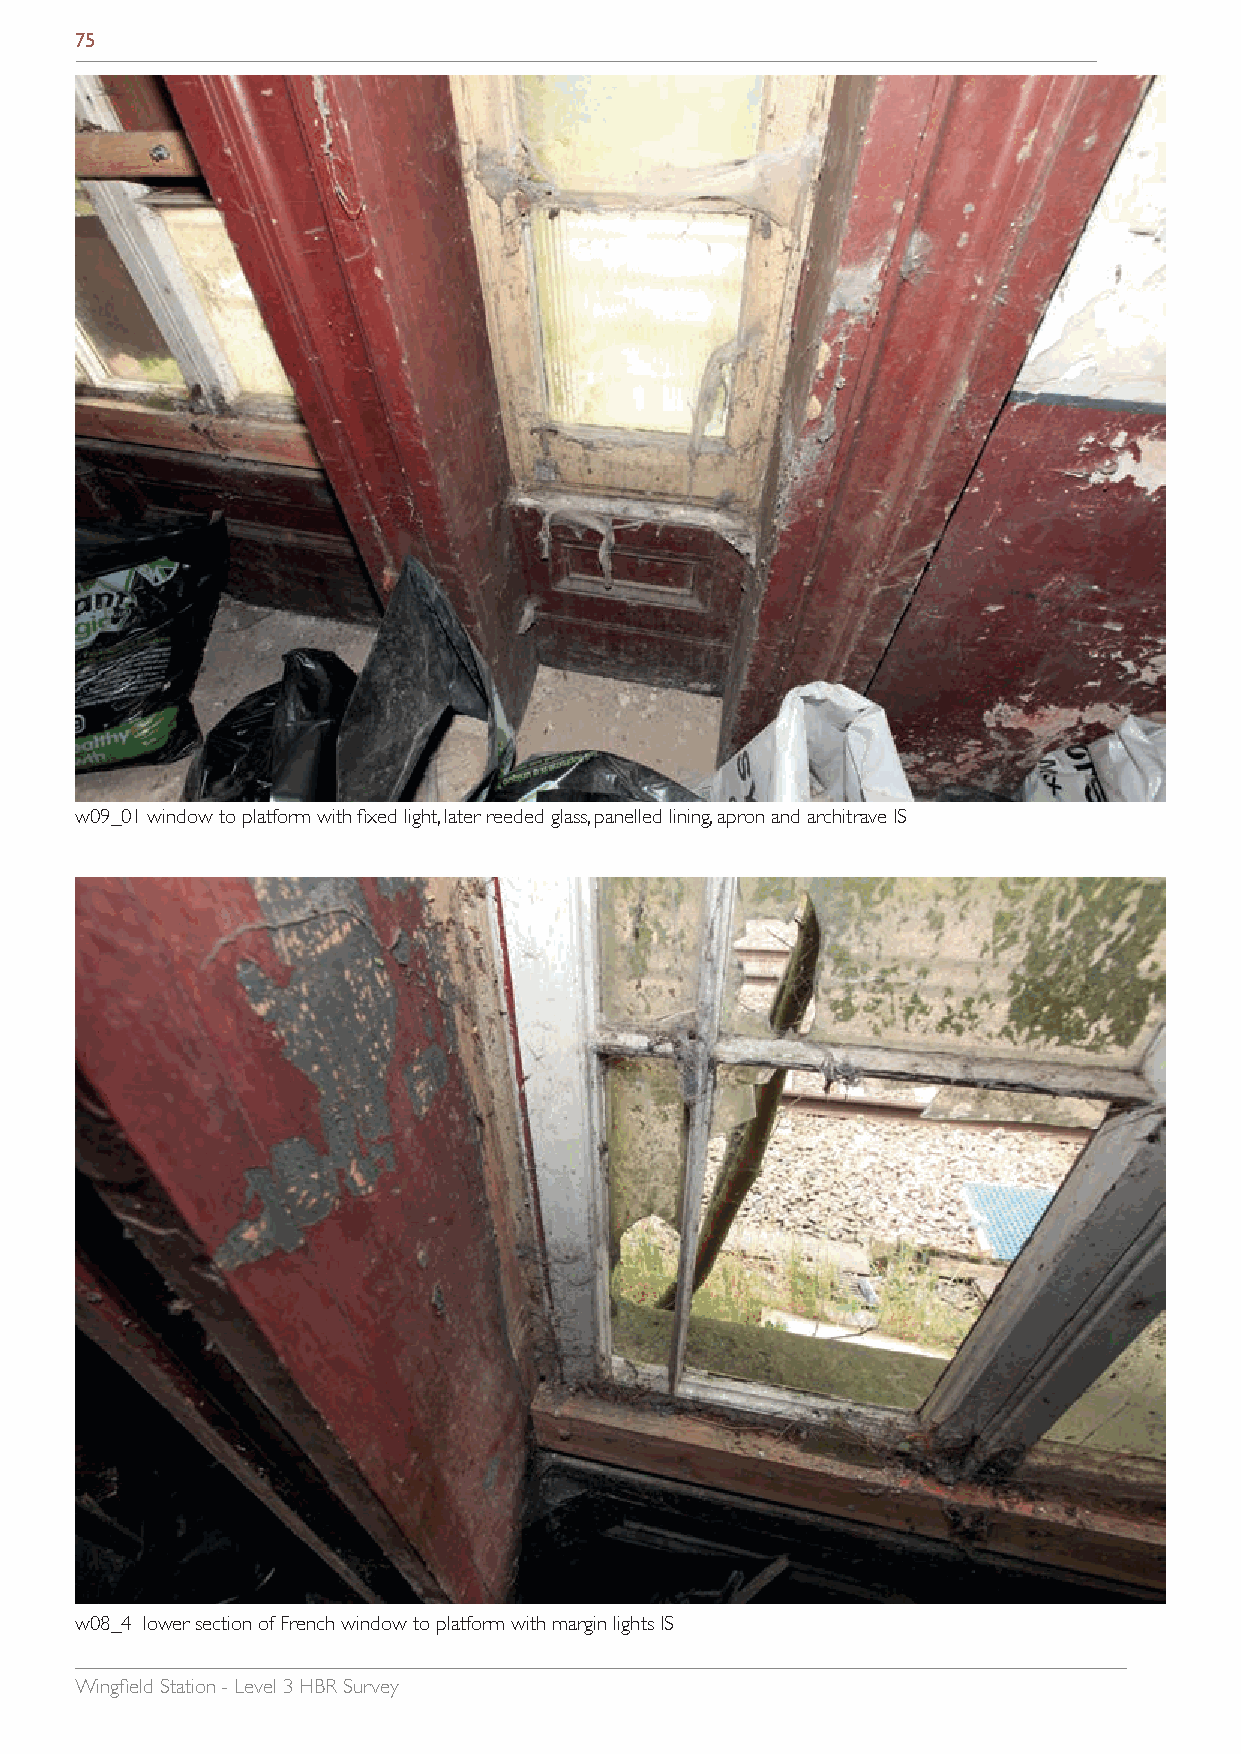
75
 w09_01 window to platform with fixed light, later reeded glass, panelled lining, apron and architrave IS
 w08_4 lower section of French window to platform with margin lights IS
 Wingfield Station - Level 3 HBR Survey